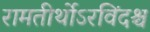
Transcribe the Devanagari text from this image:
रामतीर्थोऽरविंदश्च